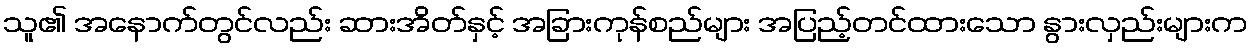
သူ၏ အနောက်တွင်လည်း ဆားအိတ်နှင့် အခြားကုန်စည်များ အပြည့်တင်ထားသော နွားလှည်းများက